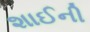
શાઈની